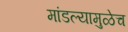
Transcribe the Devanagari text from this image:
मांडल्यामुळेच